Problem: 40 + 29 = ?
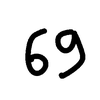
Handwritten answer: 69